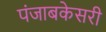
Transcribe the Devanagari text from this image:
पंजाबकेसरी